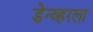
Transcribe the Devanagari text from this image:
डेन्व्हरला